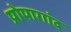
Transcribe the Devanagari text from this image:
प्रोपागांद